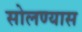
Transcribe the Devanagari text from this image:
सोलण्यास